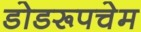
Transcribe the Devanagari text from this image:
डोडरूपचेम